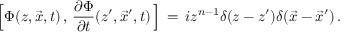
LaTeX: \Big [ \Phi ( z , \vec { x } , t ) \, , \, { \frac { \partial \Phi } { \partial t } } ( z ^ { \prime } , \vec { x } ^ { \prime } , t ) \, \Big ] \, = \, i z ^ { n - 1 } \delta ( z - z ^ { \prime } ) \delta ( \vec { x } - { \vec { x } } ^ { \prime } ) \, .